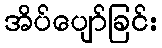
အိပ်ပျော်ခြင်း